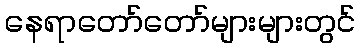
နေရာတော်တော်များများတွင်